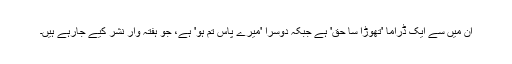
ان میں سے ایک ڈراما 'تھوڑا سا حق' ہے جبکہ دوسرا 'میرے پاس تم ہو' ہے، جو ہفتہ وار نشر کیے جارہے ہیں۔